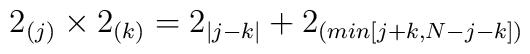
2_{(j)} \times 2_{(k)} = 2_{|j-k|} + 2_{(min[j+k,N-j-k])}